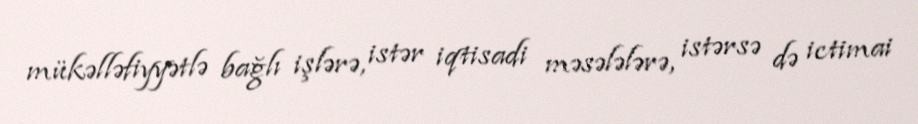
mükəlləfiyyətlə bağlı işlərə, istər iqtisadi məsələlərə, istərsə də ictimai